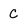
Character: C